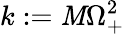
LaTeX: k:=\mathit{M}\Omega_{+}^{2}